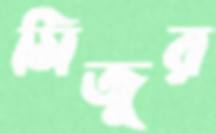
মিজুর